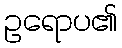
ဥရောပ၏